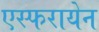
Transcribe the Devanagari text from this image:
एस्फरायेन